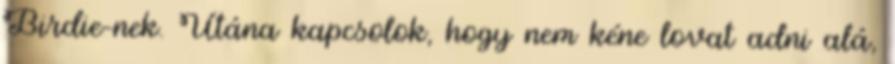
Birdie-nek. Utána kapcsolok, hogy nem kéne lovat adni alá,